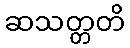
ဆသတ္တတိ